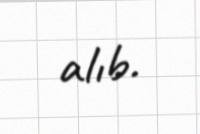
alıb.